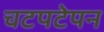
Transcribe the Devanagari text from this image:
चटपटेपन